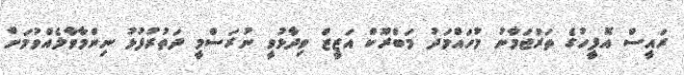
ރައީސް އޮފީހުގެ ތަރުޖަމާނު މުހައްމަދު މަބްރޫކް އަޒީޒް ވިދާޅުވީ ނުރަސްމީ ދަތުރުފުޅު ނިންމާވާލެއްވުމަށް